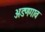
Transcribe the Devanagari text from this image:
अडणगाव